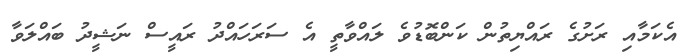
އެކަމާއި ރަށުގެ ރައްޔިތުން ކަންބޮޑުވެ ލައްވާތީ އެ ސަރަހައްދު ރައީސް ނަޝީދު ބައްލަވާ